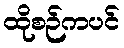
ထိုစဉ်ကပင်